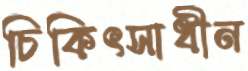
চিকিৎসাধীন